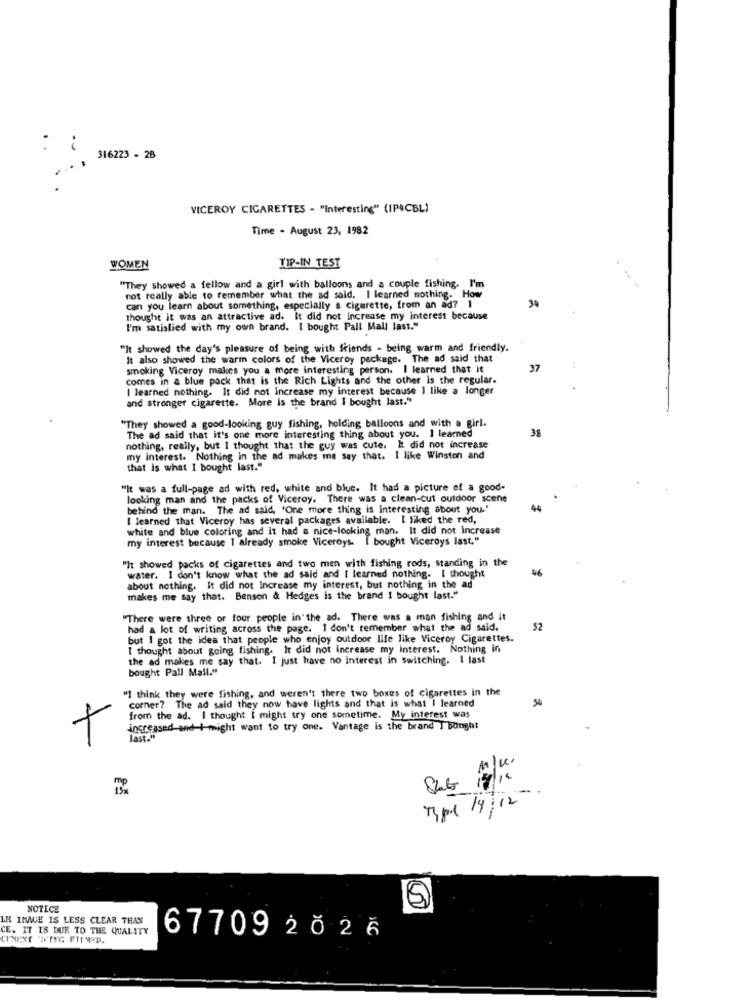
316223 - 28
VICEROY CIGARETTES - "Interesting" (IP4CBL)
Time - August 23, 1982
WOMEN
TIP-IN TEST
"They showed a fellow and a girl with balloons and a couple fishing. I'
not really able to remember what the ad said. I learned nothing. How
34
can you learn about something, especially a Cigarette, from an ad? 1
thought it was an attractive ad. It did not Increase my interest because
I'm satisfied with my own brand. I bought Pall Mall last."
"It showed the day's pleasure of being with friends - being warm and friendly.
It also showed the warm colors of the Viceroy package. The ad said that
smoking Viceroy makes you a more interesting person. I learned that it
37
comes in a blue pack that is the Rich Lights and the other is the regular.
I learned nothing. It did not increase my interest because I like a longer
and stronger cigarette. More is the brand I bought last."
"They showed a good-looking guy fishing, holding balloons and with a girl.
The ad said that it's one more interesting thing about you. I learned
38
nothing, really, but I thought that the guy was cute. I did not increase
my interest. Nothing In the ad makes me say that. I like Winston and
that is what I bought last."
"It was a full-page ad with red, white and blue. It had a picture of a good-
looking man and the packs of Viceroy. There was a clean-cut outdoor scene
behind the man. The ad said, 'One more thing is interesting about you.'
44
I learned that Viceroy has several packages available. I liked the red,
white and blue coloring and it had a nice-looking man. It did not increase
my interest because I already smoke Viceroys. I bought Viceroys last."
"It showed packs of cigarettes and two men with fishing rods, standing in the
water. I don't know what the ad said and [ learned nothing. I thought
about nothing. it did not Increase my interest, but nothing in the ad
makes me say that. Benson & Hedges is the brand I bought last."
"There were three or four people in the ad. There was a man fishing and it
had a lot of writing across the page. I don't remember what the ad said.
52
but I got the idea that people who enjoy outdoor life like Viceroy Cigarettes.
I thought about going fishing. It did not increase my interest. Nothing in
the ad makes me say that. I just have no interest in switching. I last
bought Pall Mall."
"I think they were fishing, and weren't there two boxes of cigarettes in the
corner? The ad said they now have lights and that is what I learned
54
from the ad. I thought I might try one sometime. My interest was
+
increased and I might want to try one. Vantage is the brand I bought
last."
2.
Type /9/12".
NOTICE
LN IMAGE IS LESS CLEAR THAN
CE. IT IS DUR TO THE QUALITY
6770920 26